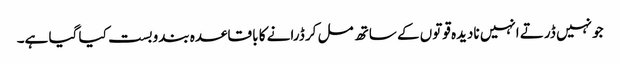
جو نہیں ڈرتے انہیں نادیدہ قوتوں کے ساتھ مل کر ڈرانے کا با قاعدہ بندوبست کیا گیا ہے۔